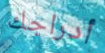
أدراجك